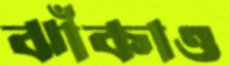
ঝাঁকাও